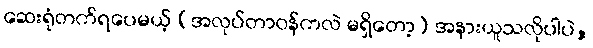
ဆေးရုံတက်ရပေမယ့် (အလုပ်တာဝန်ကလဲ မရှိတော့) အနားယူသလိုပါပဲ,